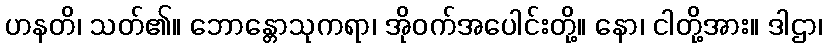
ဟနတိ၊ သတ်၏။ ဘောန္တောသုကရာ၊ အိုဝက်အပေါင်းတို့။ နော၊ ငါတို့အား။ ဒါဌာ၊